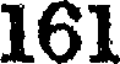
161